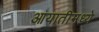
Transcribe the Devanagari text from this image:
आयातीमध्ये